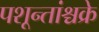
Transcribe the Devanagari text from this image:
पशून्तांश्चक्रे